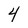
Character: 4